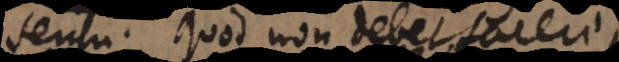
sensu. Quod non debet facere,